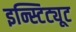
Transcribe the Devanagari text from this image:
इन्स्टिट्यूट